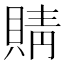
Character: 䝼